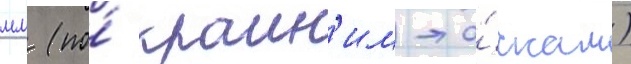
мм (по́ краин'им то́чкам)